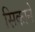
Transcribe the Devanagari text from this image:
सिकाने